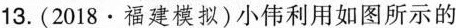
13.(2018·福建模拟)小伟利用如图所示的